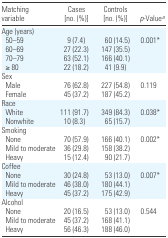
<table><thead><tr><td><b>Matching variable</b></td><td><b>Cases [no. (%)]</b></td><td><b>Controls [no. (%)]</b></td><td><b><i>p</i>-Valuea</b></td></tr></thead><tbody><tr><td colspan="4">Age (years)</td></tr><tr><td> 50–59</td><td>9 (7.4)</td><td>60 (14.5)</td><td>0.001*</td></tr><tr><td> 60–69</td><td>27 (22.3)</td><td>147 (35.5)</td><td></td></tr><tr><td> 70–79</td><td>63 (52.1)</td><td>166 (40.1)</td><td></td></tr><tr><td> ≥80</td><td>22 (18.2)</td><td>41 (9.9)</td><td></td></tr><tr><td colspan="4">Sex</td></tr><tr><td> Male</td><td>76 (62.8)</td><td>227 (54.8)</td><td>0.119</td></tr><tr><td> Female</td><td>45 (37.2)</td><td>187 (45.2)</td><td></td></tr><tr><td colspan="4">Race</td></tr><tr><td> White</td><td>111 (91.7)</td><td>349 (84.3)</td><td>0.038*</td></tr><tr><td> Nonwhite</td><td>10 (8.3)</td><td>65 (15.7)</td><td></td></tr><tr><td colspan="4">Smoking</td></tr><tr><td> None</td><td>70 (57.9)</td><td>166 (40.1)</td><td>0.002*</td></tr><tr><td> Mild to moderate</td><td>36 (29.8)</td><td>158 (38.2)</td><td></td></tr><tr><td> Heavy</td><td>15 (12.4)</td><td>90 (21.7)</td><td></td></tr><tr><td colspan="4">Coffee</td></tr><tr><td> None</td><td>30 (24.8)</td><td>53 (13.0)</td><td>0.007*</td></tr><tr><td> Mild to moderate</td><td>46 (38.0)</td><td>180 (44.1)</td><td></td></tr><tr><td> Heavy</td><td>45 (37.2)</td><td>175 (42.9)</td><td></td></tr><tr><td colspan="4">Alcohol</td></tr><tr><td> None</td><td>20 (16.5)</td><td>53 (13.0)</td><td>0.544</td></tr><tr><td> Mild to moderate</td><td>45 (37.2)</td><td>168 (41.1)</td><td></td></tr><tr><td> Heavy</td><td>56 (46.3)</td><td>188 (46.0)</td><td></td></tr></tbody></table>